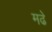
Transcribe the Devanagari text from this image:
मढे